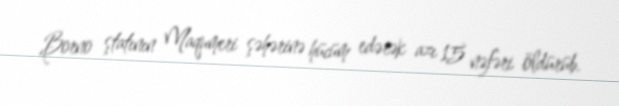
Borno ştatının Maqumeri şəhərinə hücüm edərək azı 15 nəfəri öldürüb.